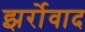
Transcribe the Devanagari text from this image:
झर्रोवाद